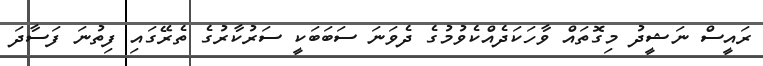
ރައީސް ނަޝީދު މިގޮތައް ވާހަކަދެއްކެވުމުގެ ދެވަނަ ސަބަބަކީ ސަރުކާރުގެ ތެރޭގައި ފިތުނަ ފަސާދަ